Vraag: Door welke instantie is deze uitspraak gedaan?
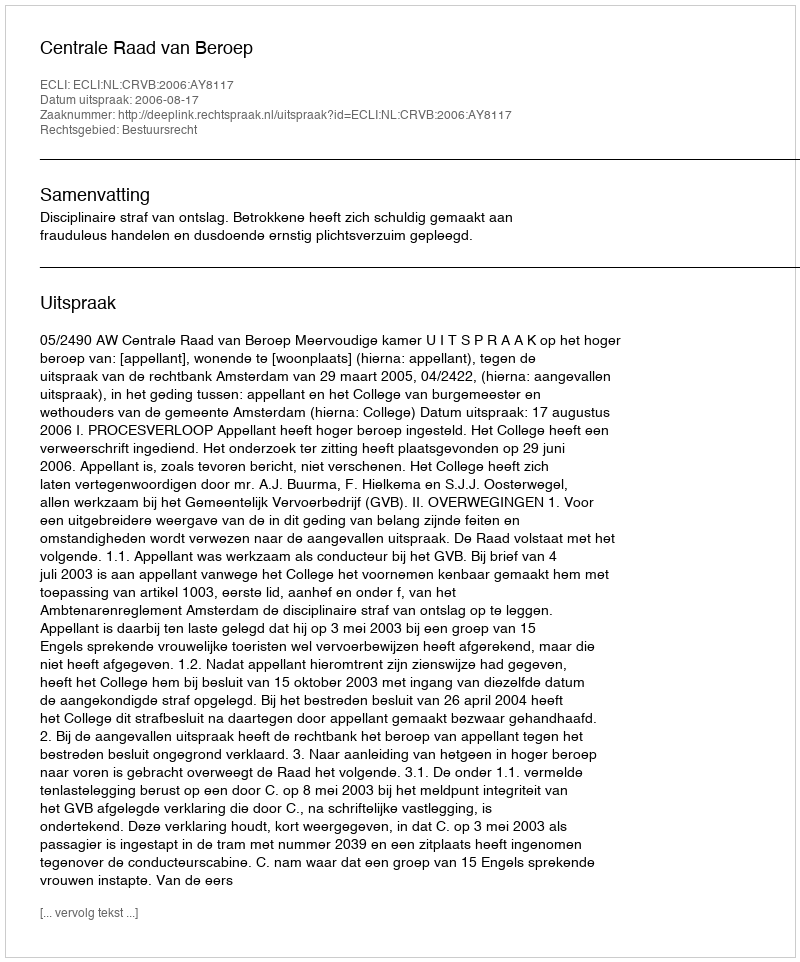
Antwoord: Centrale Raad van Beroep